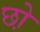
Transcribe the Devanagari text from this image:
छो़